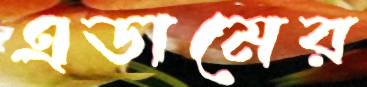
এডামের